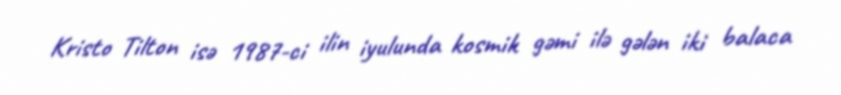
Kristo Tilton isə 1987-ci ilin iyulunda kosmik gəmi ilə gələn iki balaca